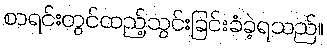
စာရင်းတွင်ထည့်သွင်းခြင်းခံခဲ့ရသည်။